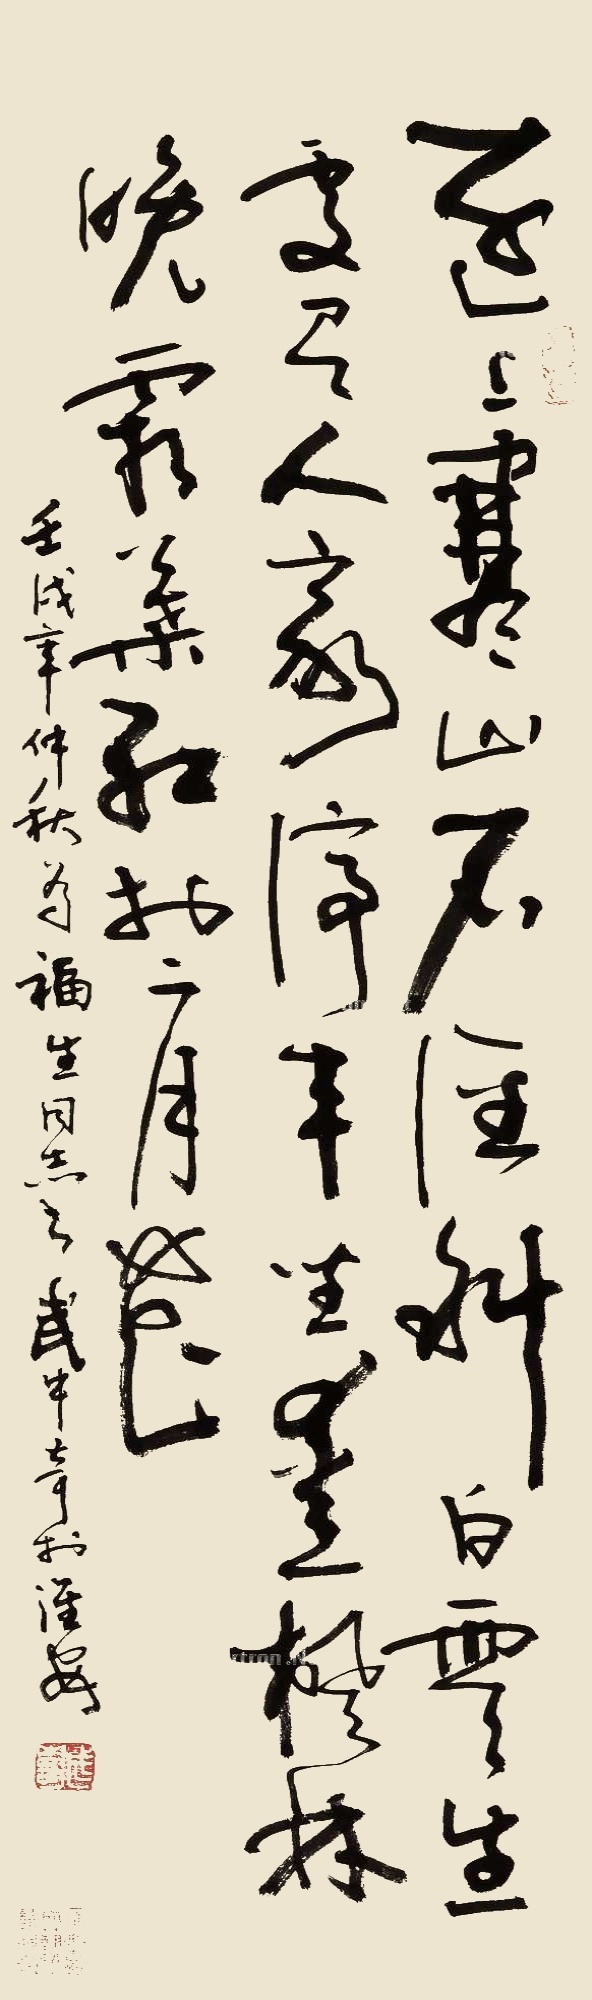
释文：远上寒山石径斜，白云生处有人家。停车坐爱枫林晚，霜叶红于二月花。壬戌年仲秋为福生同志书，武中奇于淮安。